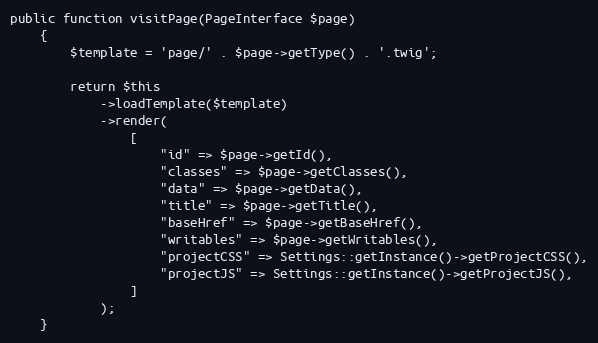
Language: PHP
public function visitPage(PageInterface $page)
    {
        $template = 'page/' . $page->getType() . '.twig';

        return $this
            ->loadTemplate($template)
            ->render(
                [
                    "id" => $page->getId(),
                    "classes" => $page->getClasses(),
                    "data" => $page->getData(),
                    "title" => $page->getTitle(),
                    "baseHref" => $page->getBaseHref(),
                    "writables" => $page->getWritables(),
                    "projectCSS" => Settings::getInstance()->getProjectCSS(),
                    "projectJS" => Settings::getInstance()->getProjectJS(),
                ]
            );
    }